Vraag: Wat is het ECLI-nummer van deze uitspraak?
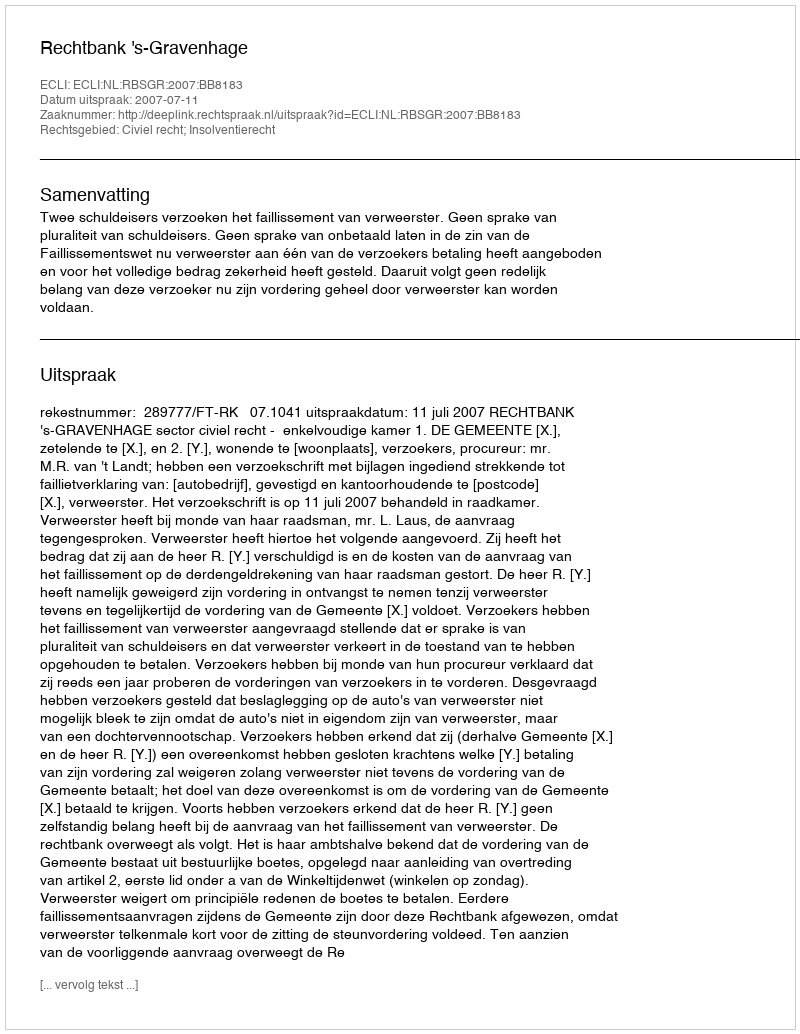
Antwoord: ECLI:NL:RBSGR:2007:BB8183